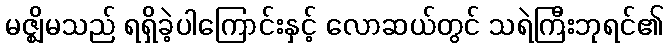
မဇ္ဈိမသည် ရရှိခဲ့ပါကြောင်းနှင့် လောဆယ်တွင် သရဲကြီးဘုရင်၏